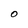
Character: O